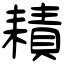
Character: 耫